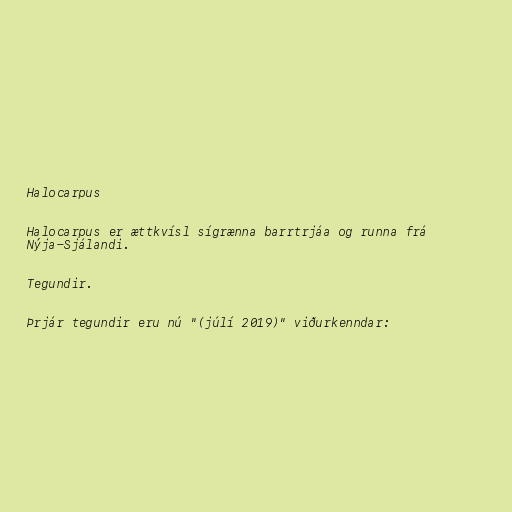
Halocarpus

Halocarpus er ættkvísl sígrænna barrtrjáa og runna frá
Nýja-Sjálandi.

Tegundir.

Þrjár tegundir eru nú "(júlí 2019)" viðurkenndar: